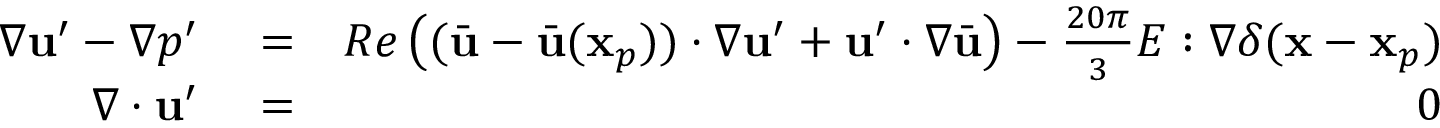
\begin{array} { r l r } { \nabla \mathbf { u } ^ { \prime } - \nabla p ^ { \prime } } & { { } = } & { R e \left( ( \bar { \mathbf { u } } - \bar { \mathbf { u } } ( \mathbf { x } _ { p } ) ) \cdot \nabla \mathbf { u } ^ { \prime } + \mathbf { u } ^ { \prime } \cdot \nabla \bar { \mathbf { u } } \right) - \frac { 2 0 \pi } { 3 } E : \nabla \delta ( \mathbf { x } - \mathbf { x } _ { p } ) } \\ { \nabla \cdot \mathbf { u } ^ { \prime } } & { { } = } & { 0 } \end{array}